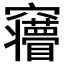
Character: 𮄦